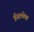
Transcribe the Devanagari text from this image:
ईस्टलेक